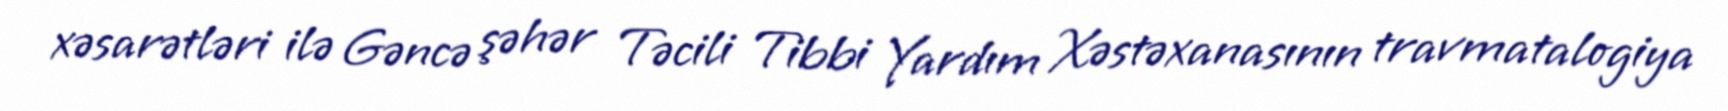
xəsarətləri ilə Gəncə şəhər Təcili Tibbi Yardım Xəstəxanasının travmatalogiya